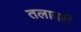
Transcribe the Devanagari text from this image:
तलावही